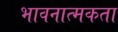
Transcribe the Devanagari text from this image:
भावनात्मकता